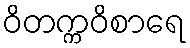
ဝိတက္ကဝိစာရေ